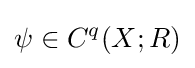
\psi \in C^{q}(X;R)